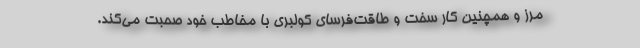
مرز و همچنین کار سخت و طاقت‌فرسای کولبری با مخاطب خود صحبت می‌کند.